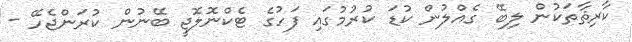
ކާރިޘާތަކުން ލިބޭ ގެއްލުން ކުޑަ ކުރުމުގައި ފަހުގެ ޓެކްނޮލޮޖީ ބޭނުން ކުރަންޖެހޭ -